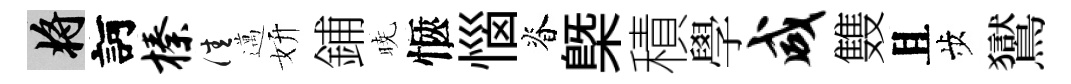
將訶榛佳邁妍鋪暁愜惱脊㮣積學咸䨇且歩鸑